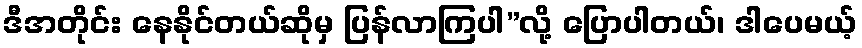
ဒီအတိုင်း နေနိုင်တယ်ဆိုမှ ပြန်လာကြပါ”လို့ ပြောပါတယ်၊ ဒါပေမယ့်